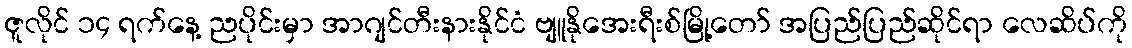
ဇူလိုင် ၁၄ ရက်နေ့ ညပိုင်းမှာ အာဂျင်တီးနားနိုင်ငံ ဗျူနိုအေးရီးစ်မြို့တော် အပြည်ပြည်ဆိုင်ရာ လေဆိပ်ကို